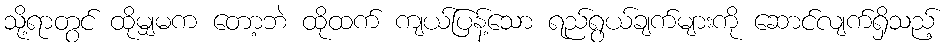
သို့ရာတွင် ထိုမျှမက တော့ဘဲ ထိုထက် ကျယ်ပြန့်သော ရည်ရွယ်ချက်များကို ဆောင်လျက်ရှိသည့်